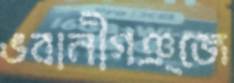
ভবানীগঞ্জে